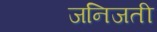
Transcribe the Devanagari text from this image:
जनिजती